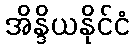
အိန္ဒိယနိုင်ငံ